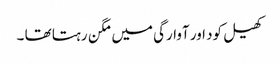
کھیل کود اور آوارگی میں مگن رہتا تھا ۔